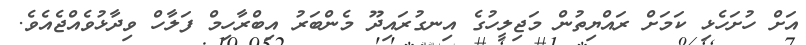
އަށް ހުށަހެޅި ކަމަށް ރައްޔިތުން މަޖިލީހުގެ އިނގުރައިދޫ މެންބަރު އިބްރާހިމް ފަލާހް ވިދާޅުވެއްޖެއެވެ.